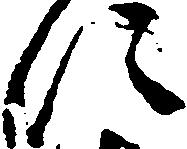
に